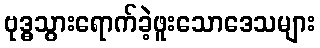
ဗုဒ္ဓသွားရောက်ခဲ့ဖူးသောဒေသများ